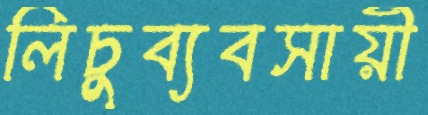
লিচুব্যবসায়ী